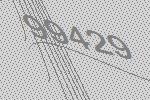
99429